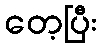
တေ့ပြီး